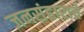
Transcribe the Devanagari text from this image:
जनसंहाराचे